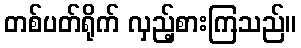
တစ်ပတ်ရိုက် လှည့်စားကြသည်။